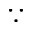
\because